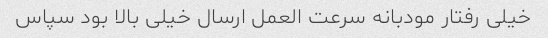
خیلی رفتار مودبانه سرعت العمل ارسال خیلی بالا بود سپاس